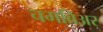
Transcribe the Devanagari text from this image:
चमबिअर